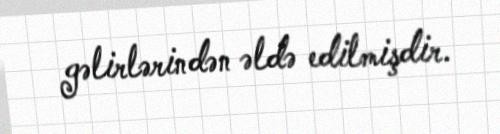
gəlirlərindən əldə edilmişdir.